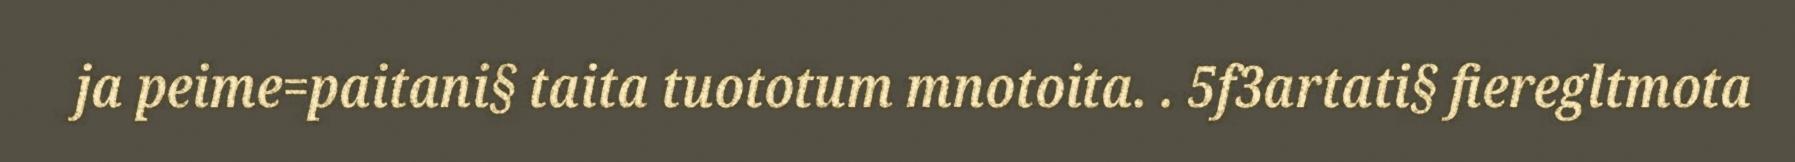
ja peime=paitani§ taita tuototum mnotoita. . 5f3artati§ fieregltmota